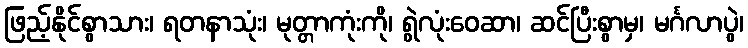
ဖြည့်နိုင်စွာသား၊ ရတနာသုံး၊ မုတ္တာကုံးကို၊ ရွဲလုံးဝေဆာ၊ ဆင်ပြီးစွာမှ၊ မင်္ဂလာပွဲ၊